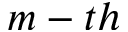
m - t h